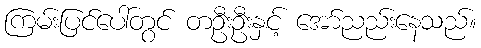
ကြမ်းပြင်ပေါ်တွင် တဦးဦးနှင့် အော်ညည်းနေသည်။